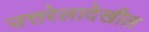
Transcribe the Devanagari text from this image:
उत्तरेलादेखील